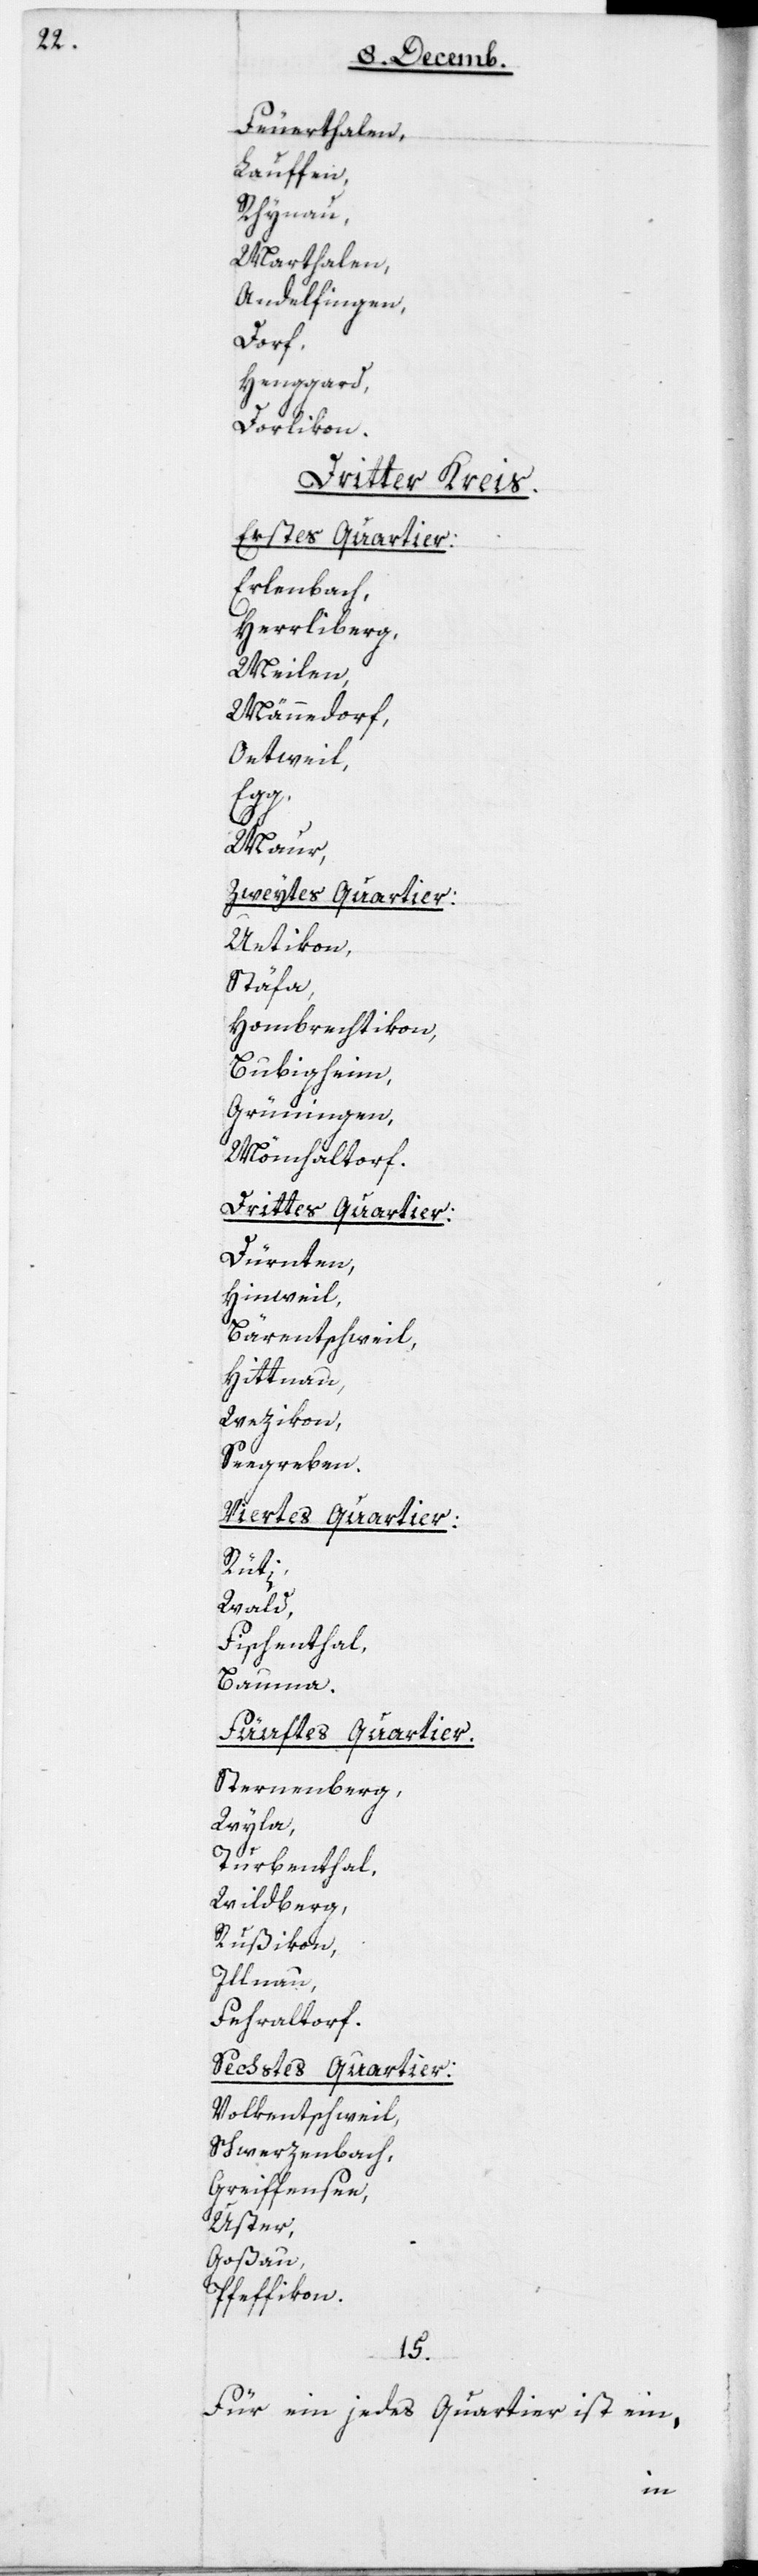
Feuerthalen;
Lauffen;
Rhynau;
Marthalen;
Andelfingen;
Dorf;
Henggard;
Dorlikon
Dritter Kreis
Erstes Quartier:
Erlenbach;
Herrliberg;
Meilen;
Männedorf;
Oetwil;
Egg;
Maur.
Zweytes Quartier:
Uetikon;
Stäfa;
Hombrechtikon;
Bubigheim
Grüningen;
Mönchaltorf.
Drittes Quartier:
Dürnten;
Hinweil;
Bäretschweil;
Hittnau;
Wezikon;
Seegreben.
Viertes Quartier:
Rüti;
Wald;
Fischenthal;
Bauma.
Fünftes Quartier:
Sternenberg;
Wyla;
Turbenthal;
Wildberg;
Rußikon;
Illnau;
Fehraltorf.
Sechstes Quartier:
Volkentschwil;
Schwerzenbach;
Greiffensee;
Uster;
Goßau;
Pfäffikon.
15.
Für ein jedes Quartier ist ein,